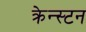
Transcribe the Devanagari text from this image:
क्रेन्स्टन